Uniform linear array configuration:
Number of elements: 24
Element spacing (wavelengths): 1
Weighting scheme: uniform
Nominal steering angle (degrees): -60
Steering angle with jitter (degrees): -61.481
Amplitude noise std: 0.05
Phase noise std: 0.05

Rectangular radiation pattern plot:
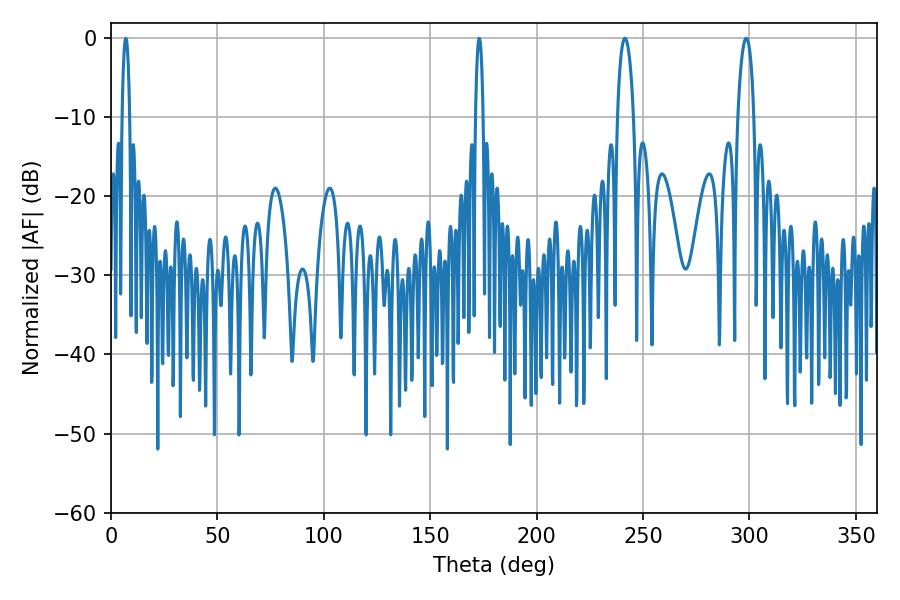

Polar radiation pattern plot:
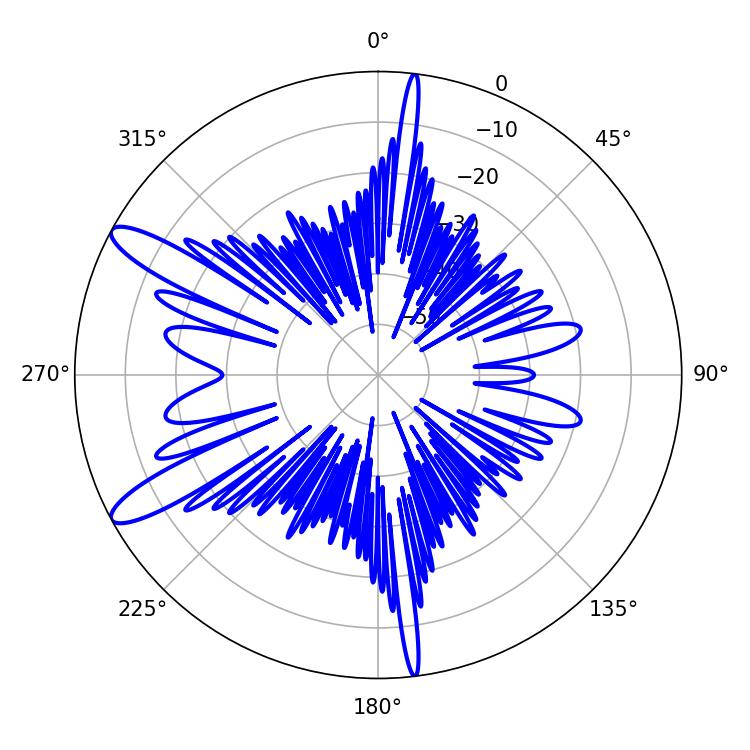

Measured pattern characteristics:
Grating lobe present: TRUE
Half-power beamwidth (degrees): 4.32
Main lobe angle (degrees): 298.44